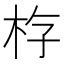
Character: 𪱿